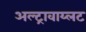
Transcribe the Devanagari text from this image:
अल्ट्रावाय्लट